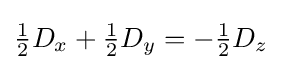
{\tfrac {1}{2}}D_{x}+{\tfrac {1}{2}}D_{y}=-{\tfrac {1}{2}}D_{z}